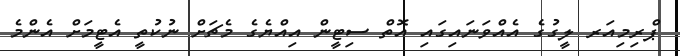
ޕްރިމިއަރ ލީގުގެ އެއްވަނައިގައި އޮތް ސިޓީން އިއްޔެގެ މެޗަށް ނުކުތީ އެޓީމަށް އެންމެ